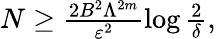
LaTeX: \begin{array}{r}{N\ge\frac{2B^{2}\Lambda^{2m}}{\varepsilon^{2}}\log\frac{2}{\delta},}\end{array}